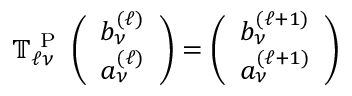
\mathbb { T } _ { \ell \nu } ^ { \mathrm { ~ P ~ } } \left( \begin{array} { l } { b _ { \nu } ^ { ( \ell ) } } \\ { a _ { \nu } ^ { ( \ell ) } } \end{array} \right) = \left( \begin{array} { l } { b _ { \nu } ^ { ( \ell + 1 ) } } \\ { a _ { \nu } ^ { ( \ell + 1 ) } } \end{array} \right)